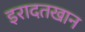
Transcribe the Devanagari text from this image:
इरादतखान